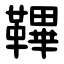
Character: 鞸